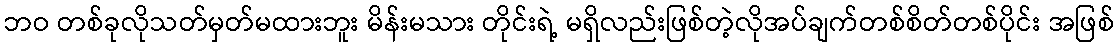
ဘဝ တစ်ခုလိုသတ်မှတ်မထားဘူး မိန်းမသား တိုင်းရဲ့ မရှိလည်းဖြစ်တဲ့လိုအပ်ချက်တစ်စိတ်တစ်ပိုင်း အဖြစ်